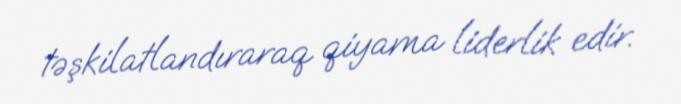
təşkilatlandıraraq qiyama liderlik edir.